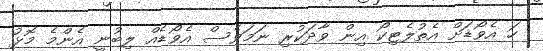
ހަ އެވޯޑަށް އެތުލެޓިކޯ އިން ވާދަކުރި ނަމަވެސް އެވޯޑެއް ލިބުނީ އެންމެ މޮޅު